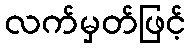
လက်မှတ်ဖြင့်